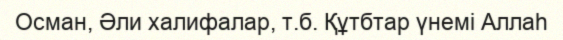
Осман, Әли халифалар, т.б. Құтбтар үнемі Аллаһ